Lunatic asylums Punjab 1911-1921 - 1911-1921
Year: 1911
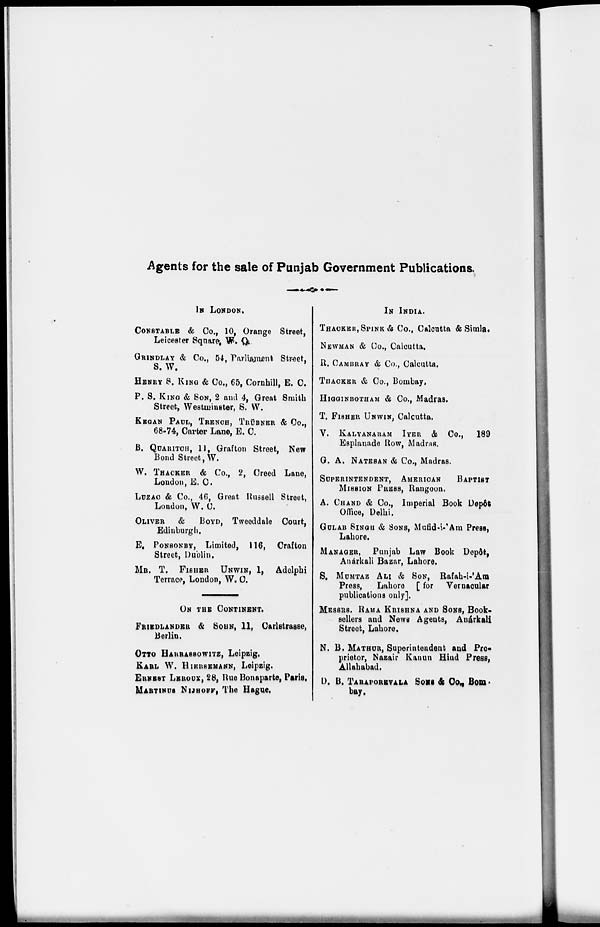
Agents for the sale of Punjab Government Publications.
IN LONDON,
CONSTABLE & Co., 10, Orange Street,
Leicester Square, W. C
GRINDLAY & Co., 54, Parliament Street,
S. W.
HENRY S. KING & Co., 65, Cornhill, E. C.
P. S. KING & SON, 2 and 4, Great Smith
Street, Westminster, S. W.
KEGAN PAUL, TRENCH, TRÜBNER & Co.,
68.74, Carter Lane, E. C.
B. QUARITCH, 11, Grafton Street, New
Bond Street, W.
W. THACKER & Co., 2, Creed Lane,
London, E. C.
LUZAC & Co., 46, Great Russell Street,
London, W. C.
OLIVER &
BOYD, Tweeddale Court,
Edinburgh.
E. PONSONBY, Limited, 116, Crafton
Street, Dublin.
MR. T. FISHER UNWIN, 1, Adelphi
Terrace, London, W. C.
ON THE CONTINENT.
FRIEDLANDER & SOHN, 11, Carlstrasse,
Berlin.
OTTO HARRASSOWITZ, Leipzig.
KARL W. HIERSEMANN, Leipzig.
ERNEST LEROUX, 28, Hue Bonaparte, Paris.
MARTINUS NIJHOFF, The Hague.
IN INDIA.
THACKER, SPINK & Co., Calcutta & Simla.
NEWMAN & Co., Calcutta.
R. CAMBRAY & Co., Calcutta.
THACKER & Co., Bombay,
HIGGINBOTHAM & Co., Madras.
T. FISHER UNWIN, Calcutta.
V. KALYANARAM IYER & Co., 189
Esplanade Row, Madras.
G. A. NATESAN & Co., Madras.
SUPERINTENDENT, AMERICAN BAPTIST
MISSION PRESS, Rangoon.
A. CHAND & Co., Imperial Book Depôt
Office, Delhi.
GULAB SINGH & SONS, Mufid-i- Am Press,
Lahore.
MANAGER, Punjab Law Book Dep5t,
Anárkali Bazar, Lahore,
S. MUMTAZ ALI & SON, Rafah-i-'Am
Press,
Lahore [ for Vernacular
publications only].
MESSRS. RAMA KRISHNA AND SONS, Book-
sellers and News Agents, Anárkali
Street, Lahore.
N. B. MATHUR, Superintendent and Pro-
prietor, Nazair Kanun Hind Press,
Allahabad.
D. B. TARAPOREVALA SONS & Co.,Bom-
bay.